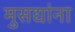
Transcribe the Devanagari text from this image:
मुसद्यांना